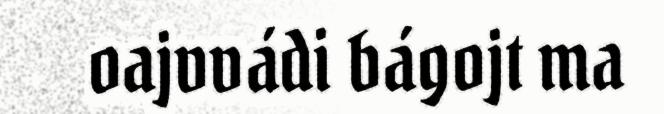
oajvvádi bágojt ma